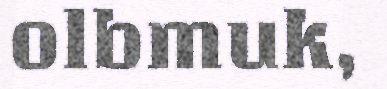
olbmuk,